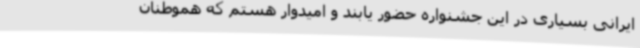
ایرانی بسیاری در این جشنواره حضور یابند و امیدوار هستم که هموطنان